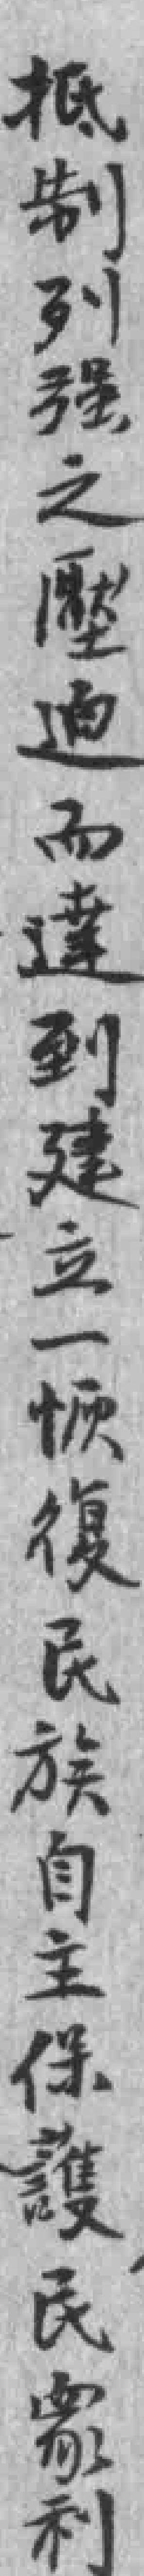
抵制列强之壓迫而達到建立一恢復民族自主保護民衆利